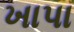
ખાપા